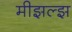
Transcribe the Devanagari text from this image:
मीझल्झ